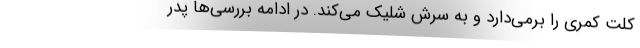
کلت کمری را برمی‌دارد و به سرش شلیک می‌کند. در ادامه بررسی‌ها پدر